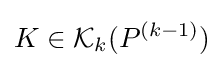
K\in {\mathcal {K}}_{k}(P^{(k-1)})